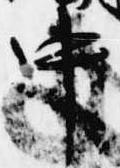
中